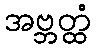
အဗ္ဘတ္ထံ